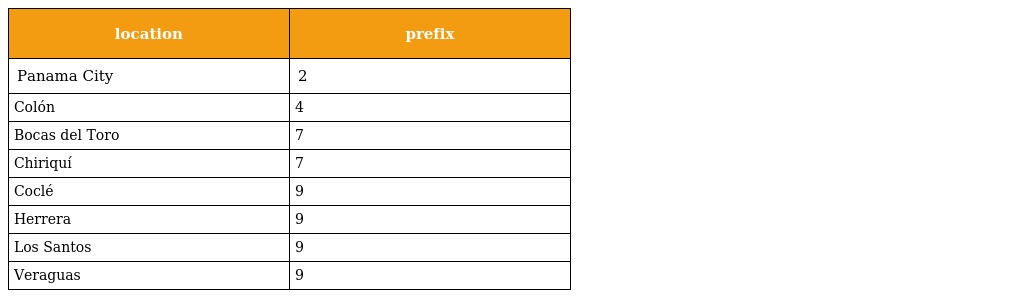
| location | prefix |
 | --- | --- |
 | Panama City | 2 |
 | Colón | 4 |
 | Bocas del Toro | 7 |
 | Chiriquí | 7 |
 | Coclé | 9 |
 | Herrera | 9 |
 | Los Santos | 9 |
 | Veraguas | 9 |